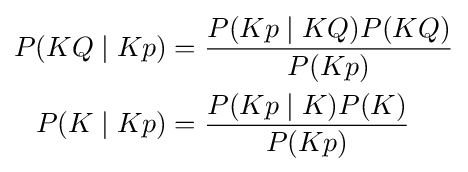
{\begin{aligned}P(KQ\mid Kp)&={\frac {P(Kp\mid KQ)P(KQ)}{P(Kp)}}\\P(K\mid Kp)&={\frac {P(Kp\mid K)P(K)}{P(Kp)}}\\\end{aligned}}